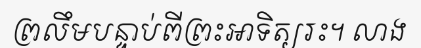
ព្រលឹមបន្ទាប់ពីព្រះអាទិត្យរះ។ លាង